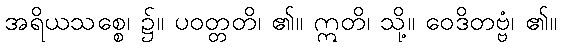
အရိယသစ္စေ၊ ၌။ ပဝတ္တတိ၊ ၏။ ဣတိ၊ သို့။ ဝေဒိတဗ္ဗံ၊ ၏။